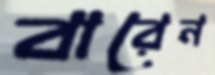
বারেন